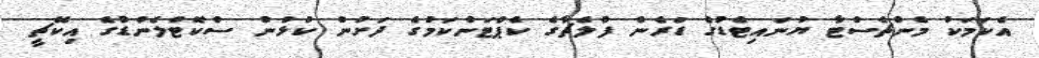
އެކަމަކު މެންޗެސްޓާ ޔުނައިޓެޑުގެ ޑަރެން ފްލެޗާގެ ކެޕްޓަންކަމުގެ ދަށުން ކުޅުނު ސްކޮޓްލެންޑުގެ އިކޭޗީ